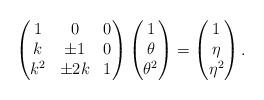
LaTeX: \begin{align*} \begin{pmatrix} 1 & 0 & 0 \\ k & \pm 1 & 0 \\ k^2 & \pm 2k & 1 \end{pmatrix} \begin{pmatrix} 1 \\ \theta \\ \theta^2 \end{pmatrix} = \begin{pmatrix} 1 \\ \eta \\ \eta^2 \end{pmatrix}. \end{align*}